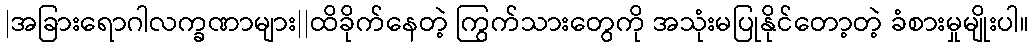
|အခြားရောဂါလက္ခဏာများ||ထိခိုက်နေတဲ့ ကြွက်သားတွေကို အသုံးမပြုနိုင်တော့တဲ့ ခံစားမှုမျိုးပါ။